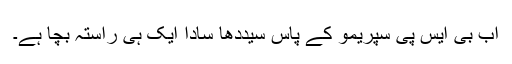
اب بی ایس پی سپریمو کے پاس سیددھا سادا ایک ہی راستہ بچا ہے۔